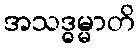
အသဒ္ဓမ္မာတိ